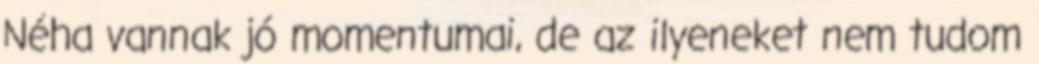
Néha vannak jó momentumai, de az ilyeneket nem tudom